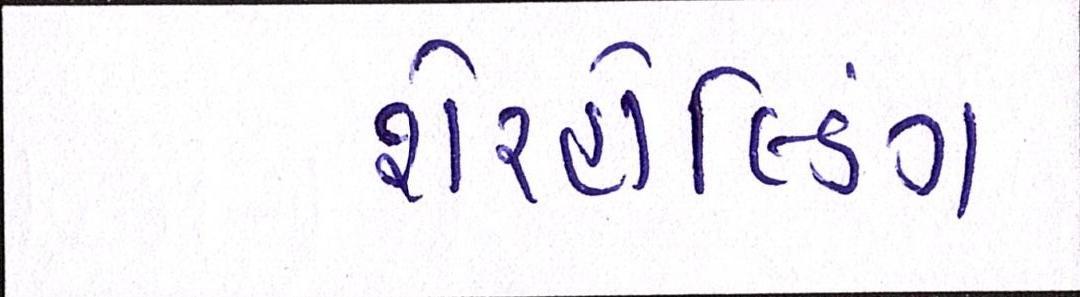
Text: શેરહોલ્ડિંગ